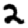
Digit: 2